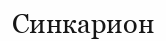
Синкарион